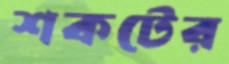
শকটের